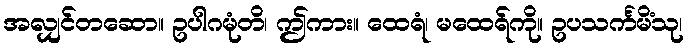
အလျှင်တဆော။ ဥပါဂမုံတိ၊ ဤကား။ ထေရံ၊ မထေရ်ကို။ ဥပသင်္ကမိံသု၊